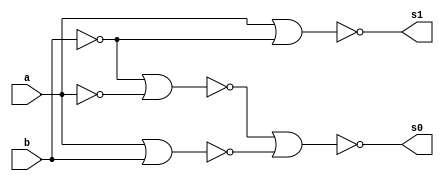
// Guia 05
// Nome: Raphaela Fernanda Silva

module operadorMD ( s0,s1,a,b );

output s0,s1;
input a,b;
wire s2,s3,s4,s5,s6;

nor NOR1 (s2,b,b);
nor NOR2 (s3,a,a);
nor NOR3 (s4,s2,s3);
nor NOR4 (s5,a,b);
nor NOR5 (s0,s4,s5);
nor NOR6 (s6,b,b);
nor NOR7 (s1,a,s6);

endmodule

module operadorDC(s0,s1,a,b,c);
output s0,s1;
input a,b,c;
wire s2,s3,s4,s5;

operadorMD MD1(s2,s3,a,b);
operadorMD MD2(s0,s4,s2,c);
nor NOR1(s5,s3,s4);
nor NOR2(s1,s5,s5);

endmodule

module DC3Bits (s,a,b);
output[3:0]s;
input[2:0]a,b;
wire[1:0]c;

operadorMD MD1(s[0],c[0],a[0],b[0]);
operadorDC DC1(s[1],c[1],a[1],b[1],c[0]);
operadorDC DC2(s[2],s[3],a[2],b[2],c[1]);

endmodule

module testDC;
reg[2:0]a,b;
wire[3:0]s;
integer i,j;

DC3Bits DC3B(s,a,b);

initial begin : start

a=0; b=0;

end

initial begin : main

#1 $display ( " Operador Diferena Completa Com Portas Nor - 3 Bits " );
#1 $display ( "   a  -  b   =  s   " );
	$monitor ( " %3b  %3b  = %4b ",a,b,s);
	
	for ( i = 0; i < 8; i = i + 1)begin
	 a = i;
	for ( j = 0; j < 8; j = j + 1)begin
	#1 b = j;
	end
	end
				
end

endmodule

/* Operador Diferena Completa Com Portas Nor - 3 Bits 
       a  -  b   =  s   
     000  000  = 0000 
     000  001  = 1111 
     000  010  = 1110 
     000  011  = 1101 
     000  100  = 1100 
     000  101  = 1011 
     000  110  = 1010 
     001  111  = 1010 
     001  000  = 0001 
     001  001  = 0000 
     001  010  = 1111 
     001  011  = 1110 
     001  100  = 1101 
     001  101  = 1100 
     001  110  = 1011 
     010  111  = 1011 
     010  000  = 0010 
     010  001  = 0001 
     010  010  = 0000 
     010  011  = 1111 
     010  100  = 1110 
     010  101  = 1101 
     010  110  = 1100 
     011  111  = 1100 
     011  000  = 0011 
     011  001  = 0010 
     011  010  = 0001 
     011  011  = 0000 
     011  100  = 1111 
     011  101  = 1110 
     011  110  = 1101 
     100  111  = 1101 
     100  000  = 0100 
     100  001  = 0011 
     100  010  = 0010 
     100  011  = 0001 
     100  100  = 0000 
     100  101  = 1111 
     100  110  = 1110 
     101  111  = 1110 
     101  000  = 0101 
     101  001  = 0100 
     101  010  = 0011 
     101  011  = 0010 
     101  100  = 0001 
     101  101  = 0000 
     101  110  = 1111 
     110  111  = 1111 
     110  000  = 0110 
     110  001  = 0101 
     110  010  = 0100 
     110  011  = 0011 
     110  100  = 0010 
     110  101  = 0001 
     110  110  = 0000 
     111  111  = 0000 
     111  000  = 0111 
     111  001  = 0110 
     111  010  = 0101 
     111  011  = 0100 
     111  100  = 0011 
     111  101  = 0010 
     111  110  = 0001 
     111  111  = 0000
*/